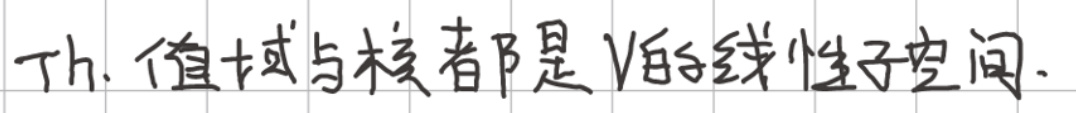
Th. 值域与核都是\(V\)的线性子空间.